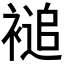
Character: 𮖦